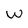
Character: w